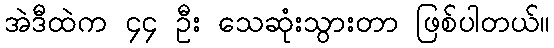
အဲဒီထဲက ၄၄ ဦး သေဆုံးသွားတာ ဖြစ်ပါတယ်။